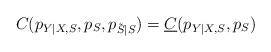
LaTeX: \begin{align*}C(p_{Y|X,S},p_S,p_{\tilde{S}|S})=\underline{C}(p_{Y|X,S},p_S)\end{align*}